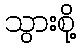
သွားစို့